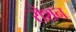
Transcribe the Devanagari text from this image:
रोशन्